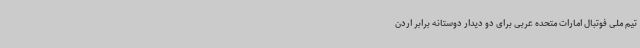
تیم ملی فوتبال امارات متحده عربی برای دو دیدار دوستانه برابر اردن